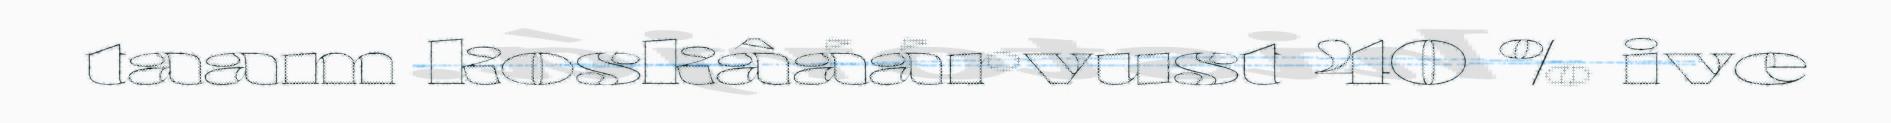
taam koskâáárvust 40 % ive